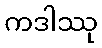
ကဒါဿု